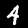
Label: 4